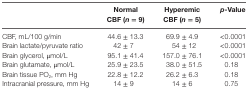
<table><thead><tr><td></td><td><b>Normal CBF (<i>n</i> = 9)</b></td><td><b>Hyperemic CBF (<i>n</i> = 5)</b></td><td><b><i>p</i>-Value</b></td></tr></thead><tbody><tr><td>CBF, mL/100 g/min</td><td>44.6 ± 13.3</td><td>69.9 ± 4.9</td><td>&lt;0.0001</td></tr><tr><td>Brain lactate/pyruvate ratio</td><td>42 ± 7</td><td>54 ± 12</td><td>&lt;0.0001</td></tr><tr><td>Brain glycerol, μmol/L</td><td>95.1 ± 41.4</td><td>157.0 ± 76.1</td><td>&lt;0.0001</td></tr><tr><td>Brain glutamate, μmol/L</td><td>25.9 ± 23.5</td><td>38.0 ± 51.5</td><td>0.18</td></tr><tr><td>Brain tissue PO<sub>2</sub>, mm Hg</td><td>22.8 ± 12.2</td><td>26.2 ± 6.3</td><td>0.18</td></tr><tr><td>Intracranial pressure, mm Hg</td><td>14 ± 9</td><td>14 ± 6</td><td>0.75</td></tr></tbody></table>